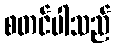
စတင်ပါသည်